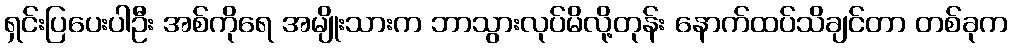
ရှင်းပြပေးပါဦး အစ်ကိုရေ အမျိုးသားက ဘာသွားလုပ်မိလို့တုန်း နောက်ထပ်သိချင်တာ တစ်ခုက